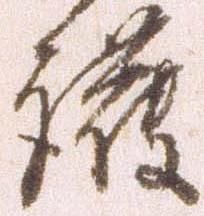
護